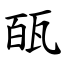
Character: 㼣